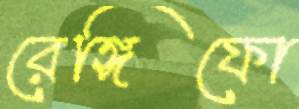
রেঙ্গিফো